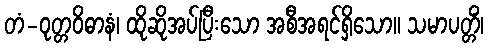
တံ-ဝုတ္တဝိဓာနံ၊ ထိုဆိုအပ်ပြီးသော အစီအရင်ရှိသော။ သမာပတ္တိံ၊